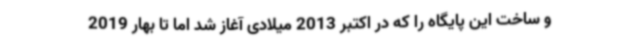
و ساخت این پایگاه را که در اکتبر 2013 میلادی آغاز شد اما تا بهار 2019